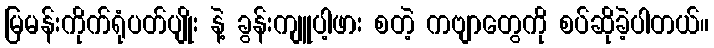
မြမန်းကိုက်ရုံပတ်ပျိုး နဲ့ ခွန်းကျူပါ့ဖား စတဲ့ ကဗျာတွေကို စပ်ဆိုခဲ့ပါတယ်။